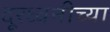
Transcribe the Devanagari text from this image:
दूरध्वनीच्या